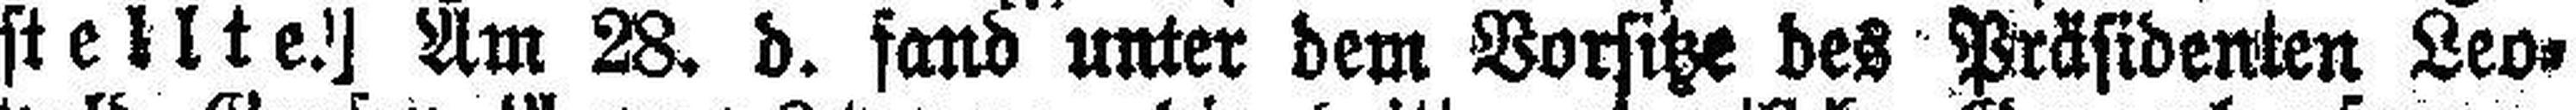
stellte!] Am 28. d. fand unter dem Vorsitze des Präsidenten Leo¬